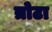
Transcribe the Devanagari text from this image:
त्रोटा